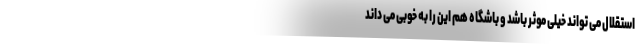
استقلال می تواند خیلی موثر باشد و باشگاه هم این را به خوبی می داند